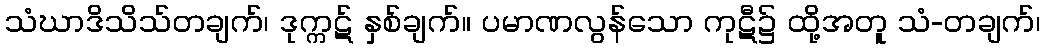
သံဃာဒိသိသ်တချက်၊ ဒုက္ကဋ် နှစ်ချက်။ ပမာဏလွန်သော ကုဋီ၌ ထို့အတူ သံ-တချက်၊